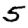
Digit: 5